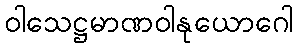
ဝါသေဋ္ဌမာဏဝါနုယောဂေါ